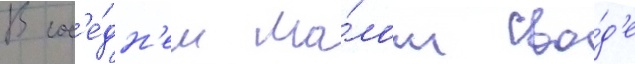
В сос'е́дн'ем ма́лом сво́д'е